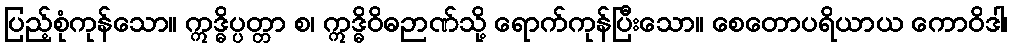
ပြည့်စုံကုန်သော။ ဣဒ္ဓိပ္ပတ္တာ စ၊ ဣဒ္ဓိဝိဓဉာဏ်သို့ ရောက်ကုန်ပြီးသော။ စေတောပရိယာယ ကောဝိဒါ၊